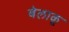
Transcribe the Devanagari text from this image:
बेलाकू